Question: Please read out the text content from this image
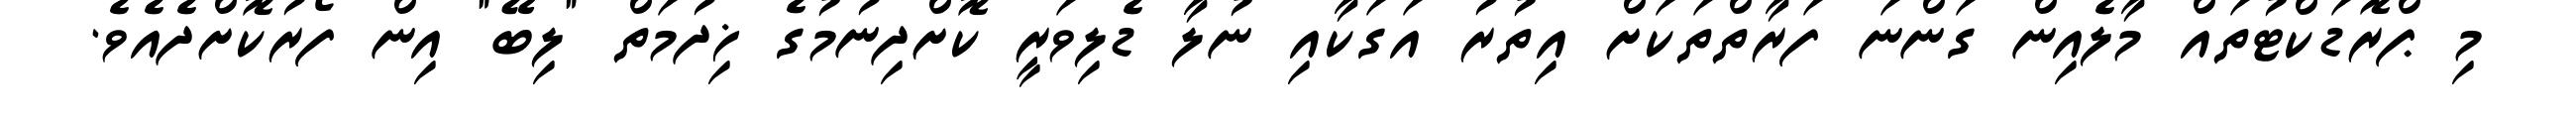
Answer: މި ޕްރޮޑަކްޓުތައް މާލެއިން ގަންނަ ފަރާތްތަކަށް އިތުރު އަގަކާއި ނުލާ ޑެލިވަރީ ކޮށްދިނުމުގެ ޚިދުމަތް "ލިބޭ" އިން ފޯރުކޮށްދެއެވެ.